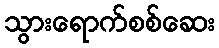
သွားရောက်စစ်ဆေး